system: You are a helpful assistant.
user:
Analyze the provided spectrum to determine if it is a **S-type Star**.

- **Key Indicators for S-type Star:**

    - **(Overall Spectrum Shape):** The first and most obvious characteristic is the overall continuum (the "baseline" shape). It is **extremely "red-sloping,"** meaning the flux (light intensity) is very low on the left side (blue, ~4000-4500 Å) and rises steeply and continuously toward the right side (red, ~7000 Å+).

    - **(Primary):** The spectrum is defined by the presence of strong, broad molecular absorption "valleys" (bands) from **Zirconium Oxide (ZrO)**. The identification of these bands is the **primary requirement** for classifying a star as S-type.
        - **(Key Bandheads):** You must find distinct, deep "dips" where the light has been absorbed. The most critical band systems to locate are:
            - **~6474 Å** ($\gamma$-system): This is often the strongest and clearest ZrO feature, found in the red part of the spectrum.
            - **~5718 Å** & **~5551 Å** ($\beta$-system): A pair of prominent absorption features in the yellow-orange part of the spectrum.
            - **~4640 Å** ($\alpha$-system): A key absorption band system in the blue-green region of the spectrum.

    - **(Secondary Confirmation):** The classification is strengthened by finding additional absorption bands from other related heavy element oxides, which are expected to be present alongside ZrO.
        - **(Key Bandheads):**
            - **Yttrium Oxide (YO):** Look for absorption dips near **~4800 Å** and **~6100 Å**.
            - **Lanthanum Oxide (LaO):** Additional absorption features, particularly in the red-orange part of the spectrum, are also characteristic.

    - **(Line Profile):** The combination of the steep red continuum and these numerous, deep molecular bands (ZrO, YO, etc.) gives the entire spectrum a very **"chopped-up"** or **"bumpy"** appearance. Instead of a smooth curve, the spectrum looks as though large, wide chunks of light have been "carved out" of it at the specific wavelengths listed above.

Think first, call **spectral_visualization_tool** if needed to examine features in detail, then provide your final answer. Your response must adhere to the following strict rules:
1.  **Overall Structure:** Your response must follow the format `<think>...</think> <tool_call>...</tool_call> (if a tool is used) <answer>...</answer>`.
2.  **Tool Usage Constraint:** You may only make **one** tool call per turn.
3.  **Final Answer Format:** In the `<answer>` tag, your conclusion must be inside a `\boxed{}` command (e.g., `\boxed{YES}` or `\boxed{NO}`), followed by your justification.

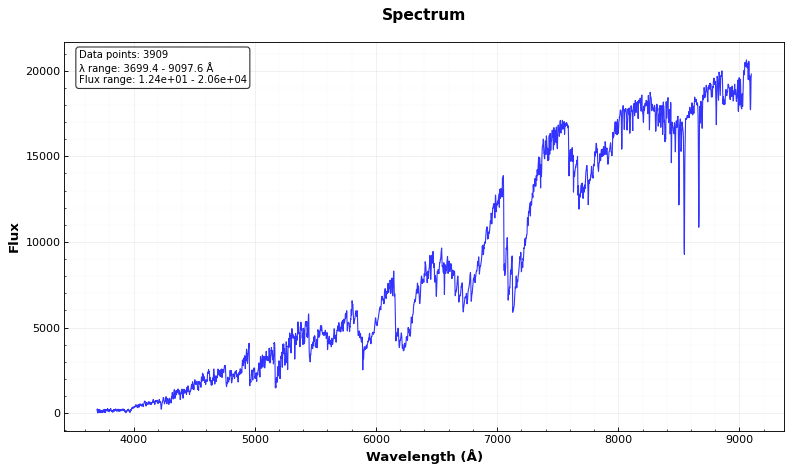
Answer: YES